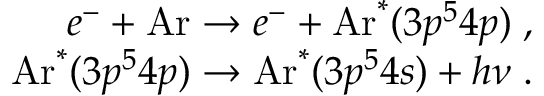
\begin{array} { r } { e ^ { - } + \mathrm { A r } \rightarrow e ^ { - } + \mathrm { A r } ^ { \ast } ( 3 p ^ { 5 } 4 p ) \; , } \\ { \mathrm { A r } ^ { * } ( 3 p ^ { 5 } 4 p ) \rightarrow \mathrm { A r } ^ { * } ( 3 p ^ { 5 } 4 s ) + h \nu \; . } \end{array}